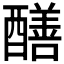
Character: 𨣁